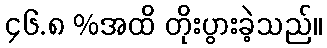
၄၆.၈ %အထိ တိုးပွားခဲ့သည်။